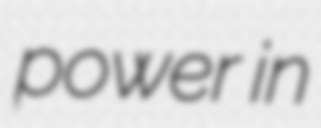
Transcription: power in